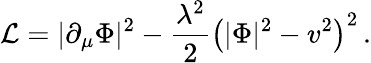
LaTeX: {\cal L}=|\partial_{\mu}\Phi|^{2}-{\frac{\lambda^{2}}{2}}\left(|\Phi|^{2}-v^{2}\right)^{2}\, .